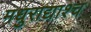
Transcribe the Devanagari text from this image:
मधुराद्याश्च